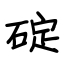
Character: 碇